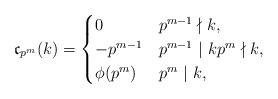
LaTeX: \begin{align*}\mathfrak{c}_{p^m}(k) = \begin{cases}0& p^{m-1} \nmid k, \\-p^{m-1}& p^{m-1} \ | \ k p^m \nmid k,\\\phi(p^m)& p^m \ | \ k,\end{cases}\end{align*}